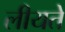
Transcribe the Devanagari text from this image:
लीयते